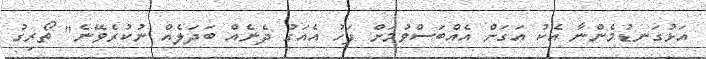
އަޅުގަނޑުމެންނާ އެކު އަގަށް އެއްބަސްވުމަށް ފަހު އެއަގު ދެނެއް ބަދަލެއް ނުކުރެވޭނެ" ތޯރިގު